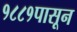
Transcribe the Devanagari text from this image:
१८८१पासून